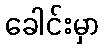
ခေါင်းမှာ